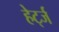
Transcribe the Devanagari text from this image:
हेर्ट्ज